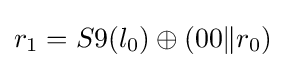
r_{1}=S9(l_{0})\oplus (00\|r_{0})